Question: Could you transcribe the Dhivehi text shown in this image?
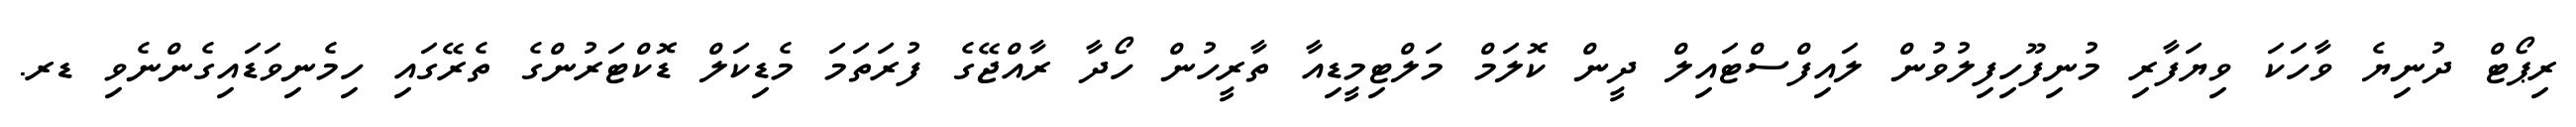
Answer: ރިޕޯޓް ދުނިޔެ ވާހަކަ ވިޔަފާރި މުނިފޫހިފިލުވުން ލައިފްސްޓައިލް ދީން ކޮލަމް މަލްޓިމީޑިއާ ތާރީހުން ހޯދާ ރާއްޖޭގެ ފުރަތަމަ މެޑިކަލް ޑޮކްޓަރުންގެ ތެރޭގައި ހިމެނިވަޑައިގެންނެވި ޑރ.